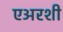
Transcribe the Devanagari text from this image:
एअरशी